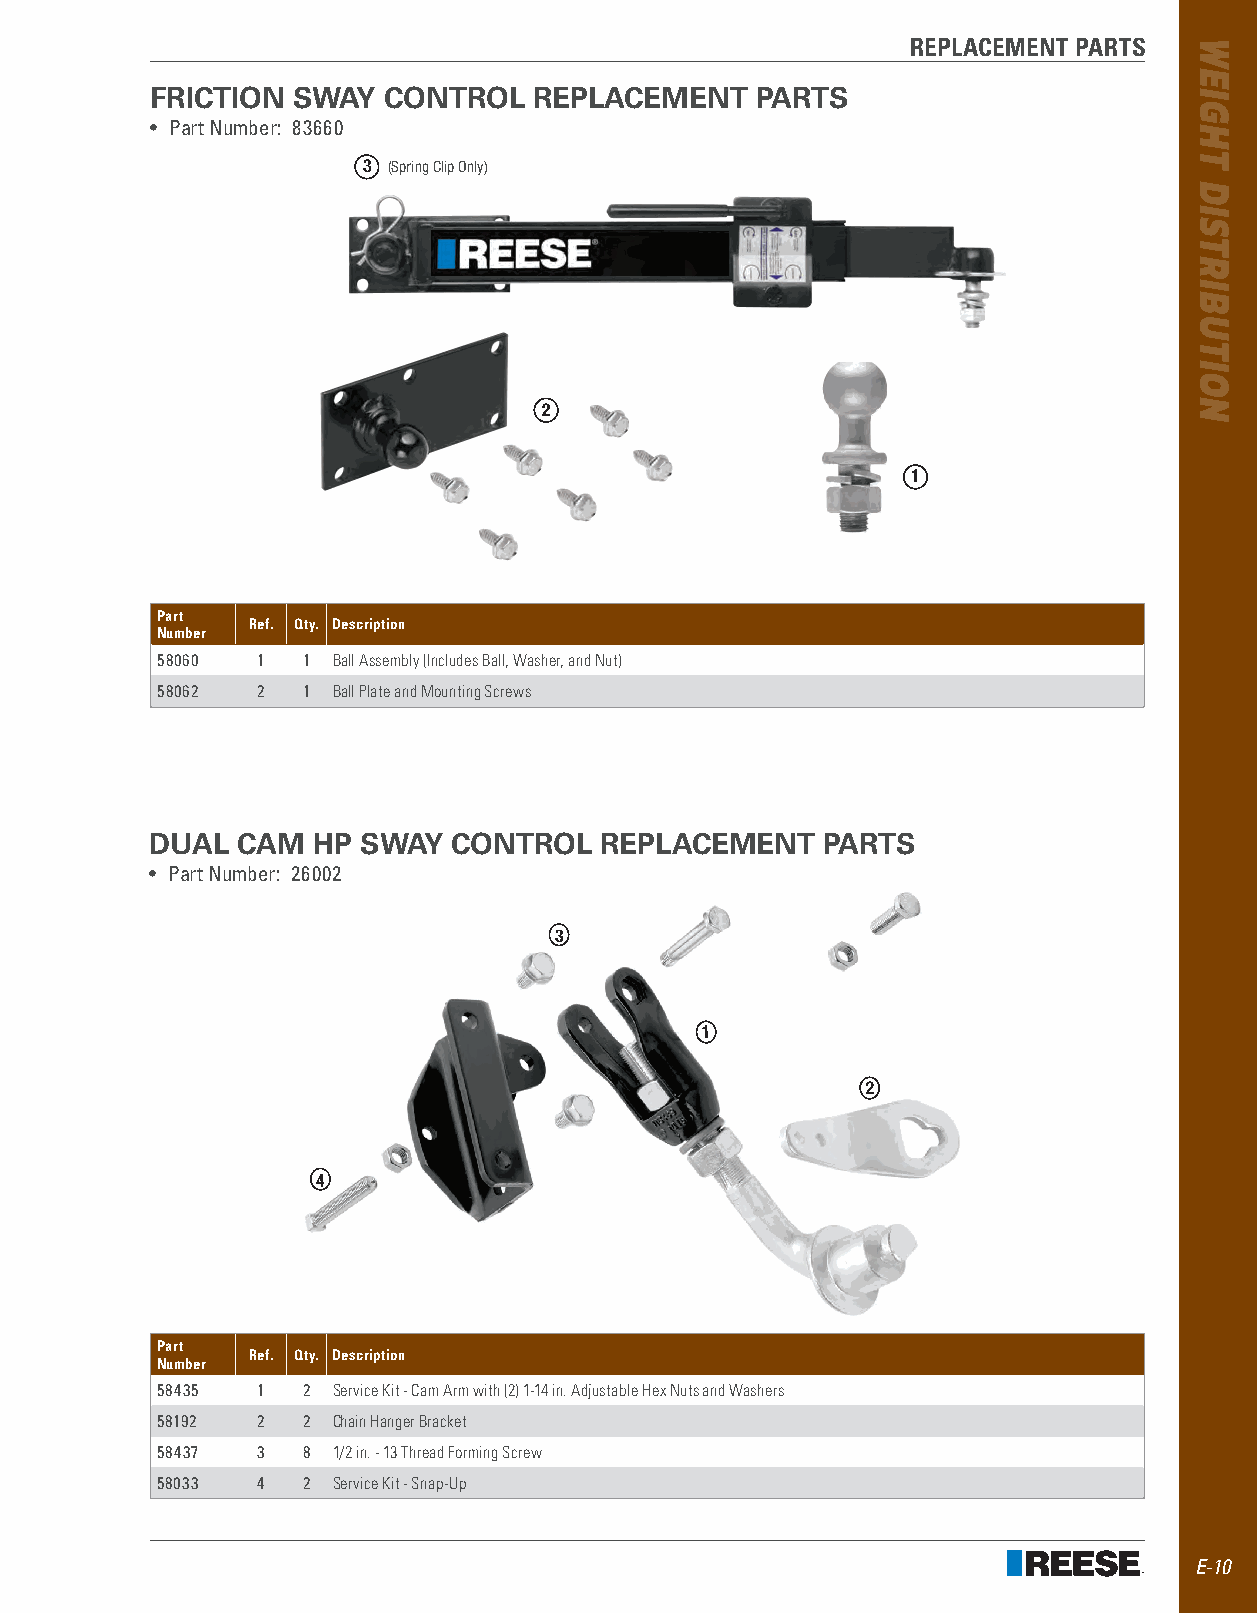
REPLACEMENT PARTS
 FRICTION SWAY  CONTROL   REPLACEMENT    PARTS
 • Part Number: 83660
 3 (Spring Clip Only)
 2
 1
 Part
 Ref. Qty. Description
 Number
 58060  1  1 Ball Assembly (Includes Ball, Washer, and Nut)
 58062  2  1 Ball Plate and Mounting Screws
 DUAL  CAM  HP SWAY  CONTROL   REPLACEMENT   PARTS
 • Part Number: 26002
 3
 1
 2
 4
 Part
 Ref. Qty. Description
 Number
 58435  1  2 Service Kit - Cam Arm with (2) 1-14 in. Adjustable Hex Nuts and Washers
 58192  2  2 Chain Hanger Bracket
 58437  3  8 1/2 in. - 13 Thread Forming Screw
 58033  4  2 Service Kit - Snap-Up
 E-10
 WEIGHT
 DISTRIBUTION